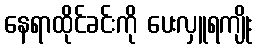
နေရာထိုင်ခင်းကို ပေးလှူရကျိုး